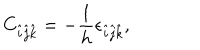
C _ { \hat { i } \hat { j } \hat { k } } = - \frac { 1 } { h } \epsilon _ { \hat { i } \hat { j } \hat { k } } ,